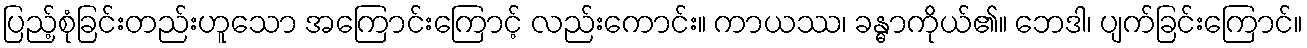
ပြည့်စုံခြင်းတည်းဟူသော အကြောင်းကြောင့် လည်းကောင်း။ ကာယဿ၊ ခန္ဓာကိုယ်၏။ ဘေဒါ၊ ပျက်ခြင်းကြောင်။